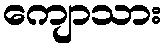
ကျောသား